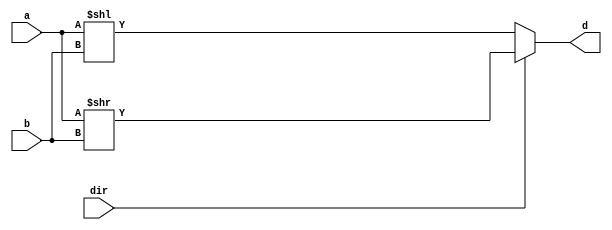
`timescale 1ns/100ps

module lab1_1 (a, b, dir, d);
input [3:0] a;
input [1:0] b;
input dir;
output reg [3:0] d; /*Notice that d can be either reg or
wire. It depends on how you design your module. */
// add your design here  

always@* begin
    if (dir) begin
        d = a >> b;
    end else begin
        d = a << b;
    end
end

endmodule